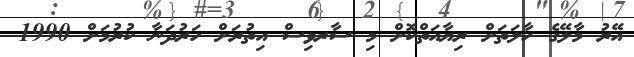
އޭރު މާލޭގެ ހާލަތަށް ރިޔާއަތްކޮށް މި ސާރވިސް އިތުރަށް ހަރުދަނާ ކުުރުމަށް 1990